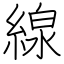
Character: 線